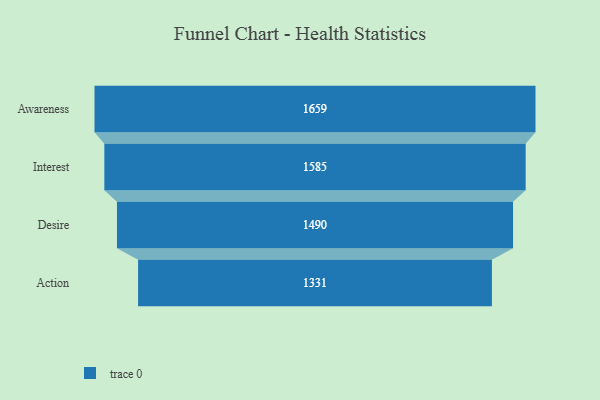
{"axis": {"x": "Stage", "y": "Value"}, "legend": [""], "data": [{"x": "Awareness", "y": 1659.0, "type": ""}, {"x": "Interest", "y": 1585.0, "type": ""}, {"x": "Desire", "y": 1490.0, "type": ""}, {"x": "Action", "y": 1331.0, "type": ""}]}